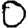
Digit: 0